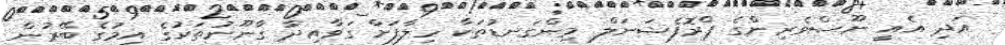
އަދި އެއީ ނޫސްވެރިންގެ ޕްރޮފެޝަނަލް މިންގަނޑުތަކާ ހިލާފަށް ގަވާއިދާ ގާނޫނުތަކުގެ އިމުގެ ބޭރުން